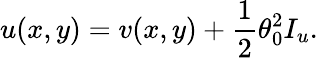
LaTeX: u(x,y)=v(x,y)+\frac{1}{2}\theta_{0}^{2}I_{u}.